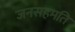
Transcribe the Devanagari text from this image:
जनसहमति